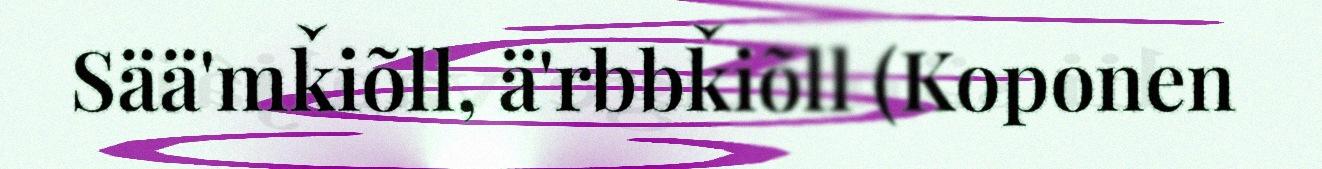
Sää'mǩiõll, ä'rbbǩiõll (Koponen